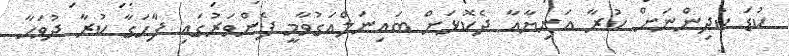
ކުޑަ ކުދިންނަށް ކުރާ އަނިޔާއާ ދެކޮޅަށް ބައިނަލްއަގުވާމީ ފެންވަރުގައި ފާހަގާ ކުރާ ދުވަހާ